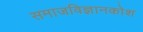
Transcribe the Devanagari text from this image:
समाजविज्ञानकोश